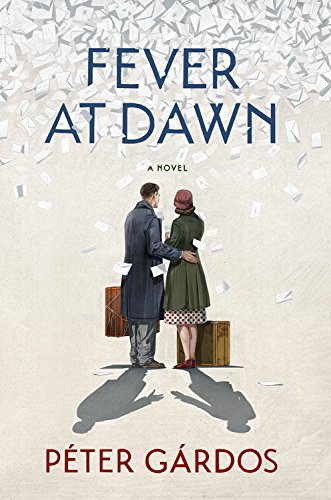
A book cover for Fever at Dawn; PÃ©ter GÃ¡rdos; Literature & Fiction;